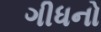
ગીધનો